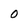
Character: O